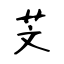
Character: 芠